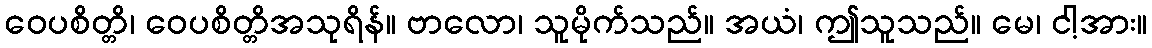
ဝေပစိတ္တိ၊ ဝေပစိတ္တိအသုရိန်။ ဗာလော၊ သူမိုက်သည်။ အယံ၊ ဤသူသည်။ မေ၊ ငါ့အား။